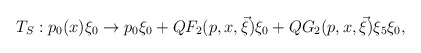
\begin{align*}T_{S}:p_{0}(x)\xi _{0}\rightarrow p_{0}\xi _{0}+QF_{2}(p,x,\vec{\xi})\xi_{0}+QG_{2}(p,x,\vec{\xi})\xi _{5}\xi _{0}, \end{align*}